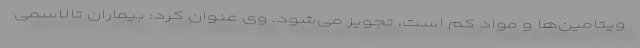
ویتامین‌ها و مواد کم است، تجویز می‌شود. وی عنوان کرد: بیماران تالاسمی